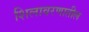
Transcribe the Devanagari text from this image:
शिलावरणातील